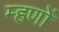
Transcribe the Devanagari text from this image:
म्हणों